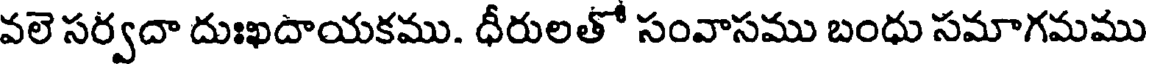
వలె సర్వదా దుఃఖదాయకము. ధీరులతో సంవాసము బంధు సమాగమము